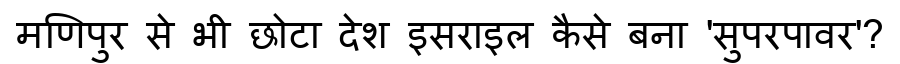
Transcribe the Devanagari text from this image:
मणिपुर से भी छोटा देश इसराइल कैसे बना 'सुपरपावर'?